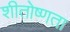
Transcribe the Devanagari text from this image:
शीतोष्णता